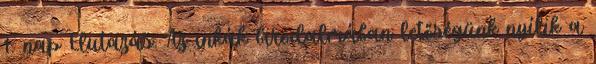
1. nap Elutazás. Az inkák birodalmában letőségünk nyílik a